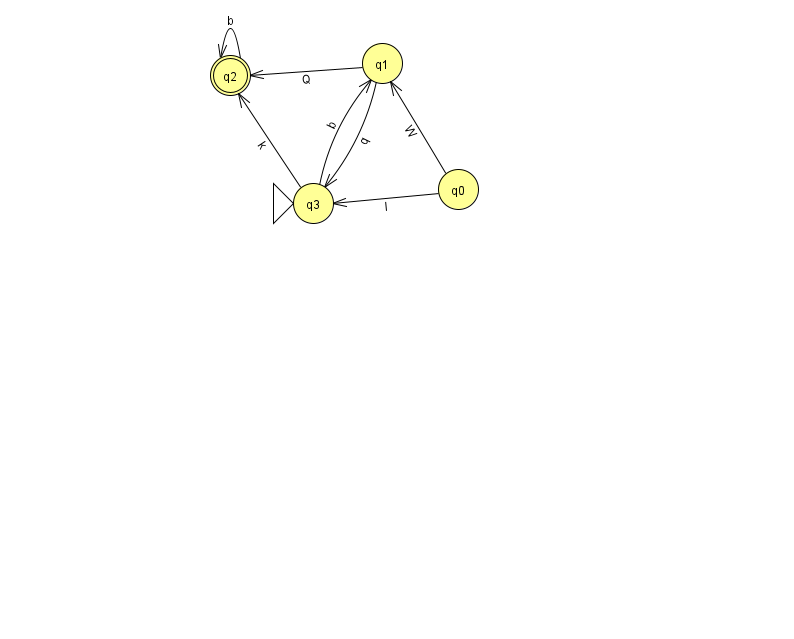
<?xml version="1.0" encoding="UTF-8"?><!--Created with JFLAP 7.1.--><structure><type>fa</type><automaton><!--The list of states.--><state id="0" name="q0"><x>458.0</x><y>176.0</y></state><state id="1" name="q1"><x>382.0</x><y>50.0</y></state><state id="2" name="q2"><x>230.0</x><y>62.0</y><final/></state><state id="3" name="q3"><x>313.0</x><y>190.0</y><initial/></state><!--The list of transitions.--><transition><from>2</from><to>2</to><read>b</read></transition><transition><from>1</from><to>3</to><read>q</read></transition><transition><from>3</from><to>2</to><read>k</read></transition><transition><from>1</from><to>2</to><read>Q</read></transition><transition><from>3</from><to>1</to><read>b</read></transition><transition><from>0</from><to>1</to><read>W</read></transition><transition><from>0</from><to>3</to><read>l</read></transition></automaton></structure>